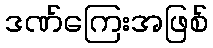
ဒဏ်ကြေးအဖြစ်